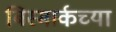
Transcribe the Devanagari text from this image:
बिस्मार्कच्या